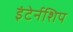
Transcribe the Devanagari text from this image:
इंटेर्नशिप